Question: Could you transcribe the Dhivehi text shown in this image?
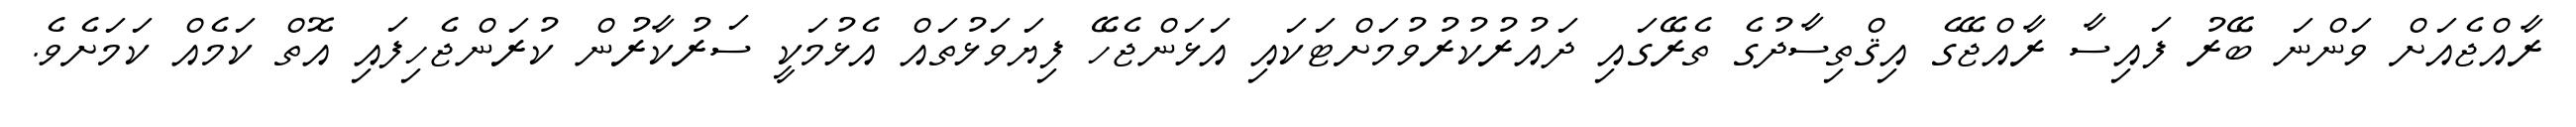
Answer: ރާއްޖެއަށް ވަންނަ ބޭރު ފައިސާ ރާއްޖޭގެ އިޤްތިސާދުގެ ތެރޭގައި ދައުރުކުރުވުމަށްޓަކައި އަޅަންޖެހޭ ފިޔަވަޅުތައް އެޅުމަކީ ސަރުކާރުން ކުރަންޖެހިފައި އޮތް ކަމެއް ކަމަށެވެ.